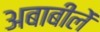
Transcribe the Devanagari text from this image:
अबाबीलें